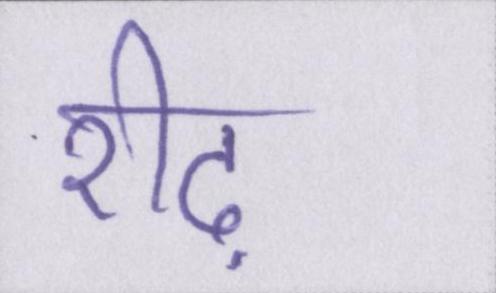
रीढ़